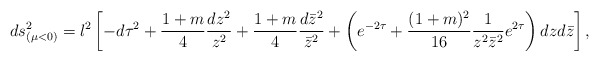
\begin{align*}ds^2_{(\mu<0)}=l^2\left[- d\tau^2 +\frac{1+m}{4}\frac{dz^2}{z^2} +\frac{1+m}{4}\frac{d\bar{z}^2}{\bar{z}^2} +\left(e^{-2\tau}+\frac{(1+m)^2}{16}\frac{1}{z^2 \bar{z}^2} e^{2\tau}\right)dzd\bar{z} \right],\end{align*}